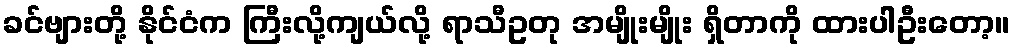
ခင်ဗျားတို့ နိုင်ငံက ကြီးလို့ကျယ်လို့ ရာသီဥတု အမျိုးမျိုး ရှိတာကို ထားပါဦးတော့။